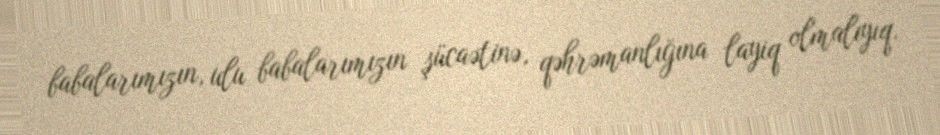
babalarımızın, ulu babalarımızın şücaətinə, qəhrəmanlığına layiq olmalıyıq.